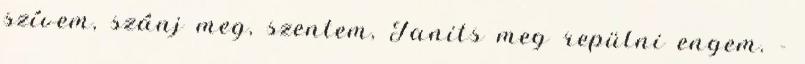
szívem, szánj meg, szentem, Tanits meg repülni engem. -